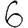
Digit: 6